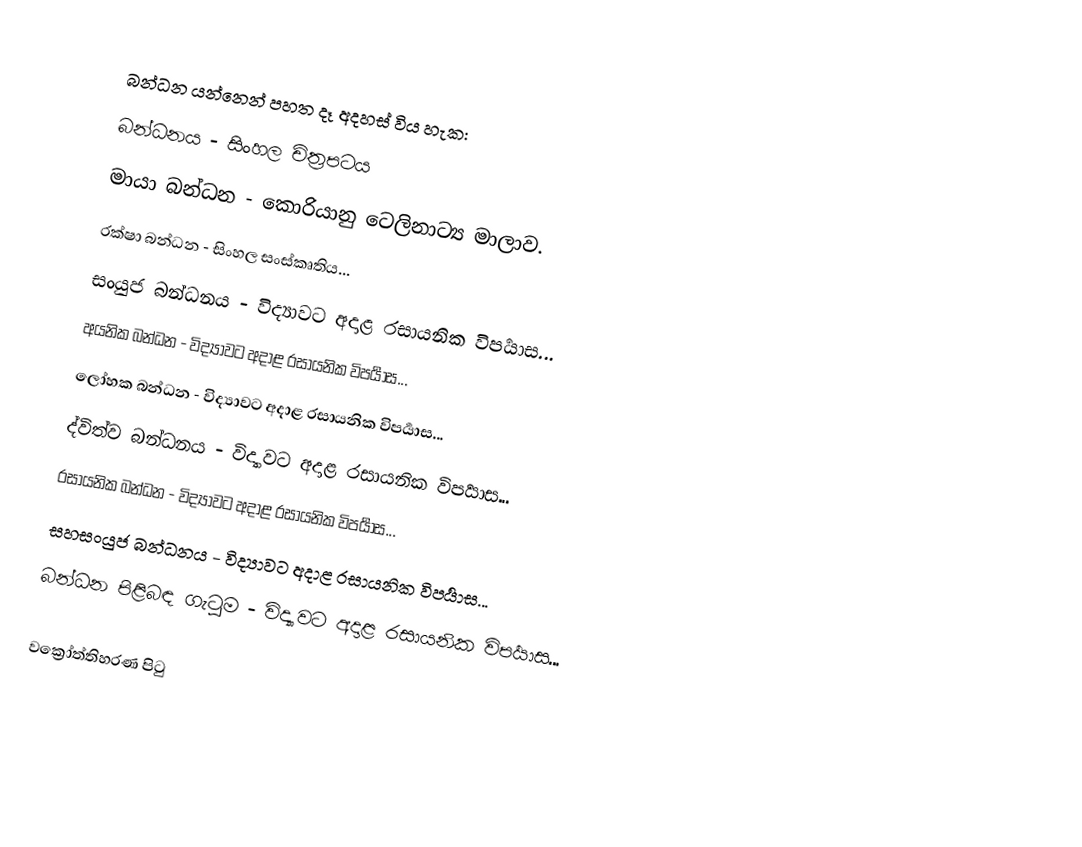
බන්ධන යන්නෙන් පහත දෑ අදහස් විය හැක:
 බන්ධන‍ය - සිංහල චිත්‍රපටය
 මායා බන්ධන - කොරියානු ටෙලිනාට්‍ය මාලාව.
 රක්ෂා බන්ධන - සිංහල සංස්කෘතිය...
 සංයුජ බන්ධනය - විද්‍යාවට අදාළ රසායනික විපර්‍යාස...
 අයනික බන්ධන - විද්‍යාවට අදාළ රසායනික විපර්‍යාස...
 ලෝහක බන්ධන - විද්‍යාවට අදාළ රසායනික විපර්‍යාස...
 ද්විත්ව බන්ධනය - විද්‍යාවට අදාළ රසායනික විපර්‍යාස...
 රසායනික බන්ධන - විද්‍යාවට අදාළ රසායනික විපර්‍යාස...
 සහසංයුජ බන්ධනය - විද්‍යාවට අදාළ රසායනික විපර්‍යාස...
 බන්ධන පිළිබඳ ගැටුම - විද්‍යාවට අදාළ රසායනික විපර්‍යාස...

වක්‍රෝත්තිහරණ පිටු